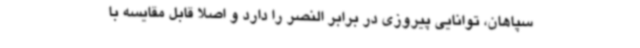
سپاهان، توانایی پیروزی در برابر النصر را دارد و اصلا قابل مقایسه با